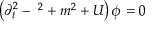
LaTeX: \left( { \partial } _ { t } ^ { 2 } - { \bf \nabla } ^ { 2 } + m ^ { 2 } + { \cal U } \right) \phi = 0